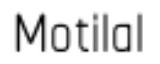
Motilal